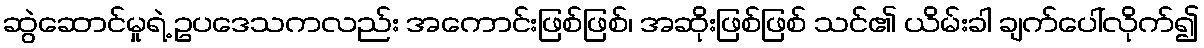
ဆွဲဆောင်မှုရဲ့ ဥပဒေသကလည်း အကောင်းဖြစ်ဖြစ်၊ အဆိုးဖြစ်ဖြစ် သင်၏ ယိမ်းခါ ချက်ပေါ်လိုက်၍